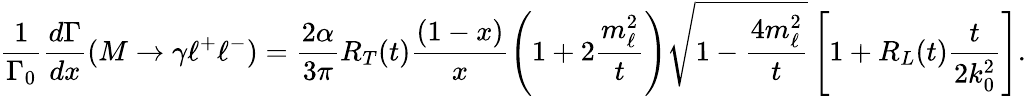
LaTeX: \displaystyle\frac{1}{\Gamma_{0}}\displaystyle\frac{d\Gamma}{dx}(M\to\gamma\ell^{+}\ell^{-})=\displaystyle\frac{2\alpha}{3\pi}R_{T}(t)\displaystyle\frac{(1-x)}{x}\left(1+2\displaystyle\frac{m_{\ell}^{2}}{t}\right)\sqrt{1-\displaystyle\frac{4m_{\ell}^{2}}{t}}\left[1+R_{L}(t)\displaystyle\frac{t}{2k_{0}^{2}}\right].